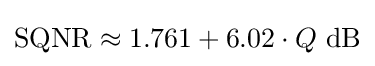
\mathrm {SQNR} \approx 1.761+6.02\cdot Q\ \mathrm {dB} \,\!